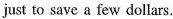
just to save a few dollars.